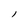
Character: I